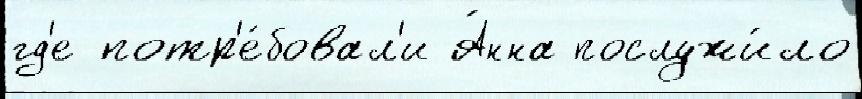
гд'е потр'е́бовал'и А́нна послужи́ло